Lunatic asylums in Bengal annual reports 1888-1898 - 1888-1898
Year: 1888
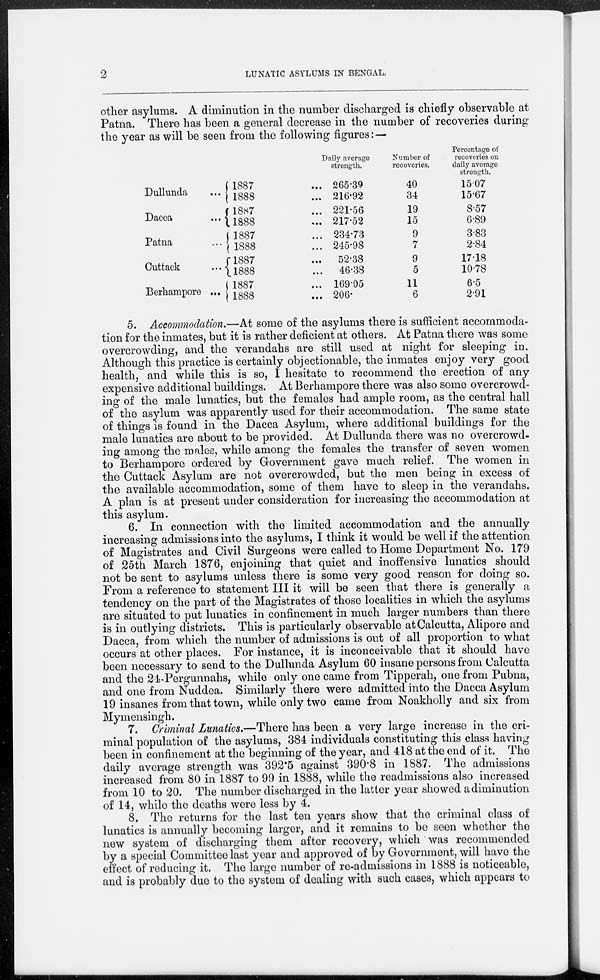
2
LUNATIC ASYLUMS IN BENGAL.
other asylums. A diminution in the number discharged is chiefly observable at
Patna. There has been a general decrease in the number of recoveries during
the year as will be seen from the following figures:—
Dullunda ...
Dacca
...
Patna ...
Cuttack ...
Berhampore ...
1887 ...
1888 ...
1887 ...
1888 ...
1887 ...
1888 ...
1887 ...
1888 ...
1887 ...
1888 ...
Daily average
strength.
265.39
216.92
221.56
217.52
234.73
245.98
52.38
46.38
169.05
206.
Number of
recoveries.
40
34
19
15
9
7
9
5
11
6
Percentage of
recoveries on
daily average
strength.
15.07
15.67
8.57
6.89
3.83
2.84
17.18
10.78
6.5
2.91
5. Accommodation.—At some of the asylums there is sufficient accommoda-
tion for the inmates, but it is rather deficient at others. At Patna there was some
overcrowding, and the verandahs are still used at night for sleeping in.
Although this practice is certainly objectionable, the inmates enjoy very good
health, and while this is so, I hesitate to recommend the erection of any
expensive additional buildings. At Berhampore there was also some overcrowd-
ing of the male lunatics, but the females had ample room, as the central hall
of the asylum was apparently used for their accommodation. The same state
of things is found in the Dacca Asylum, where additional buildings for the
male lunatics are about to be provided. At Dullunda there was no overcrowd-
ing among the males, while among the females the transfer of seven women
to Berhampore ordered by Government gave much relief. The women in
the Cuttack Asylum are not overcrowded, but the men being in excess of
the available accommodation, some of them have to sleep in the verandahs.
A plan is at present under consideration for increasing the accommodation at
this asylum.
6. In connection with the limited accommodation and the annually
increasing admissions into the asylums, I think it would be well if the attention
of Magistrates and Civil Surgeons were called to Home Department No. 179
of 25th March 1876, enjoining that quiet and inoffensive lunatics should
not be sent to asylums unless there is some very good reason for doing so.
From a reference to statement III it will be seen that there is generally a
tendency on the part of the Magistrates of those localities in which the asylums
are situated to put lunatics in confinement in much larger numbers than there
is in outlying districts. This is particularly observable at Calcutta, Alipore and
Dacca, from which the number of admissions is out of all proportion to what
occurs at other places. For instance, it is inconceivable that it should have
been necessary to send to the Dullunda Asylum 60 insane persons from Calcutta
and the 24-Pergunnahs, while only one came from Tipperah, one from Pubna,
and one from Nuddea. Similarly there were admitted into the Dacca Asylum
19 insanes from that town, while only two came from Noakholly and six from
Mymensingh.
7. Criminal Lunatics.—There has been a very large increase in the cri-
minal population of the asylums, 384 individuals constituting this class having
been in confinement at the beginning of the year, and 418 at the end of it. The
daily average strength was 392.5 against 390.8 in 1887. The admissions
increased from 80 in 1887 to 99 in 1888, while the readmissions also increased
from 10 to 20. The number discharged in the latter year showed a diminution
of 14, while the deaths were less by 4.
8. The returns for the last ten years show that the criminal class of
lunatics is annually becoming larger, and it remains to be seen whether the
new system of discharging them after recovery, which was recommended
by a special Committee last year and approved of by Government, will have the
effect of reducing it. The large number of re-admissions in 1888 is noticeable,
and is probably due to the system of dealing with such cases, which appears to